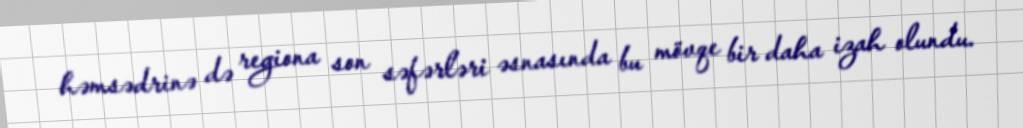
həmsədrinə də regiona son səfərləri əsnasında bu mövqe bir daha izah olundu.